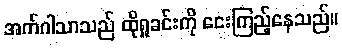
အက်ဂါသာသည် ထိုရှုခင်းကို ငေးကြည့်နေသည်။